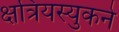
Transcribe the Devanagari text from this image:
क्षत्रियस्युकने